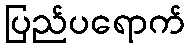
ပြည်ပရောက်